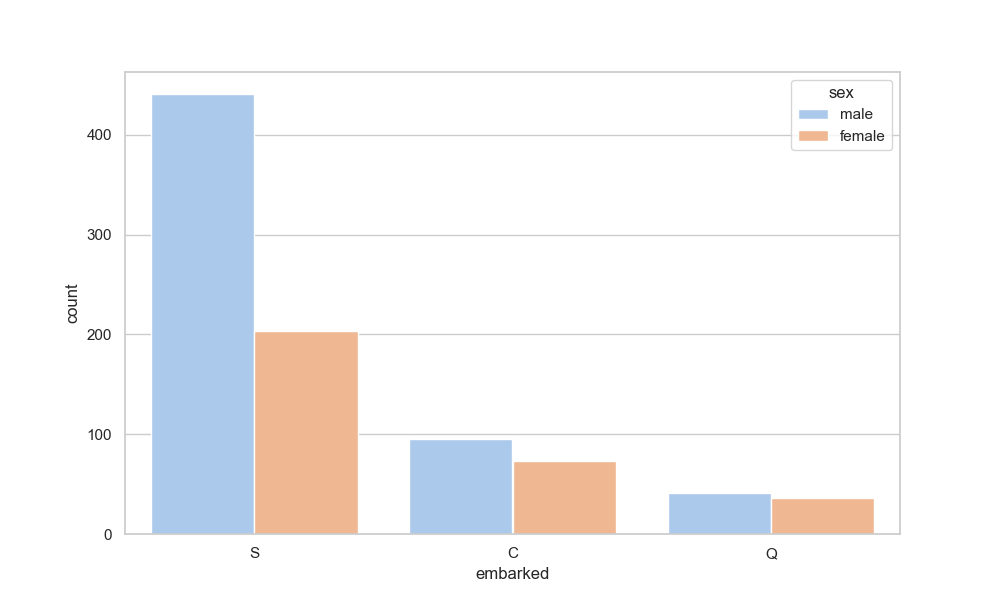
python, seaborn, countplot, x='embarked', palette='pastel', hue='sex'